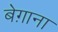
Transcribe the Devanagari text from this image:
बेग़ाना